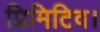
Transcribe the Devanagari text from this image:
प्रिमिटिव।